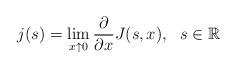
LaTeX: \begin{align*}j(s)=\lim_{x \uparrow 0} \frac{\partial }{\partial x} J(s,x),~~ s\in \mathbb{R}\end{align*}